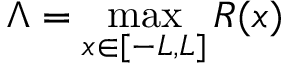
\Lambda = \operatorname* { m a x } _ { x \in [ - L , L ] } R ( x )